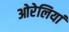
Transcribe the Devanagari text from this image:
ओरेलियां